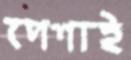
পেশাই